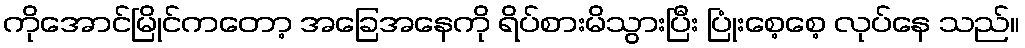
ကိုအောင်မြိုင်ကတော့ အခြေအနေကို ရိပ်စားမိသွားပြီး ပြုံးစေ့စေ့ လုပ်နေ သည်။